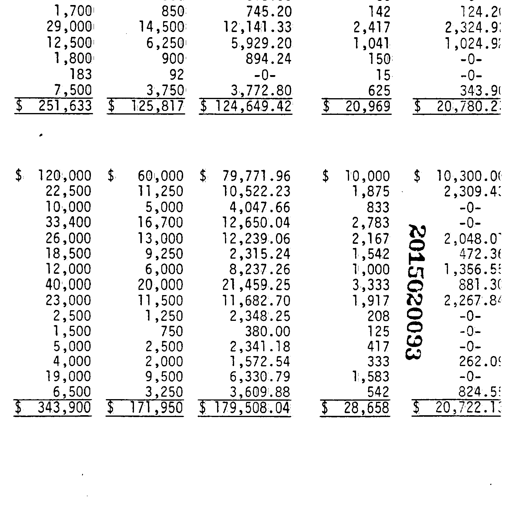
1,700 850 745.20 142 124.20
29,000 14,500 12,141.33 2,417 2,324.91
12,500 6,250 5,929.20 1,041 1,024.91
1,800 900 894.24 150 -0-
183 92 -0- 15 -0-
7,500 3,750 3,772.80 625 343.90
$ 251,633 $ 125,817 $ 124,649.42 $ 20,969 $ 20,780.21

$ 120,000 $ 60,000 $ 79,771.96 $ 10,000 $ 10,300.00
22,500 11,250 10,522.23 1,875 2,309.43
10,000 5,000 4,047.66 833 -0-
33,400 16,700 12,650.04 2,783 -0-
26,000 13,000 12,239.06 2,167 2,048.07
18,500 9,250 2,315.24 1,542 472.36
12,000 6,000 8,237.26 1,000 1,356.55
40,000 20,000 21,459.25 3,333 881.30
23,000 11,500 11,682.70 1,917 2,267.84
2,500 1,250 2,348.25 208 -0-
1,500 750 380.00 125 -0-
5,000 2,500 2,341.18 417 -0-
4,000 2,000 1,572.54 333 262.09
19,000 9,500 6,330.79 1,583 -0-
6,500 3,250 3,609.88 542 824.55
$ 343,900 $ 171,950 $ 179,508.04 $ 28,658 $ 20,722.19
2015020093